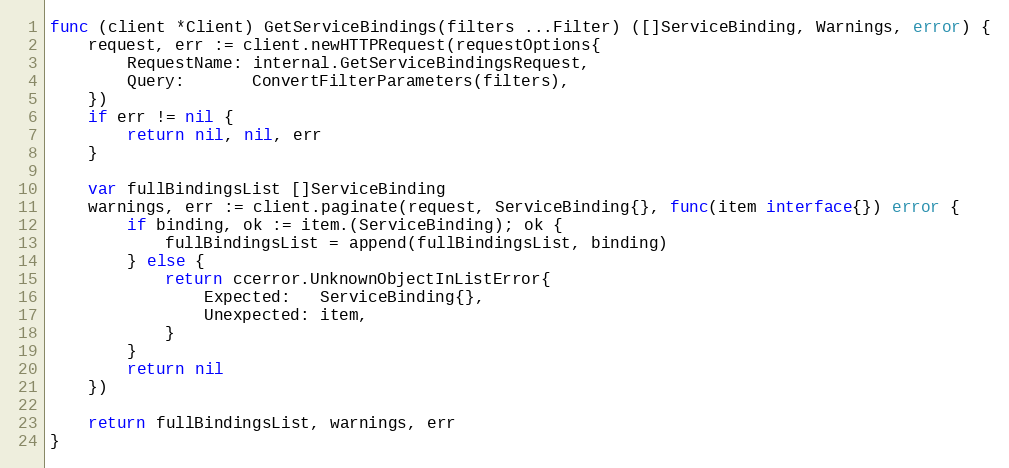
Language: Go
func (client *Client) GetServiceBindings(filters ...Filter) ([]ServiceBinding, Warnings, error) {
	request, err := client.newHTTPRequest(requestOptions{
		RequestName: internal.GetServiceBindingsRequest,
		Query:       ConvertFilterParameters(filters),
	})
	if err != nil {
		return nil, nil, err
	}

	var fullBindingsList []ServiceBinding
	warnings, err := client.paginate(request, ServiceBinding{}, func(item interface{}) error {
		if binding, ok := item.(ServiceBinding); ok {
			fullBindingsList = append(fullBindingsList, binding)
		} else {
			return ccerror.UnknownObjectInListError{
				Expected:   ServiceBinding{},
				Unexpected: item,
			}
		}
		return nil
	})

	return fullBindingsList, warnings, err
}